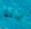
بينكما